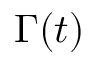
\Gamma ( t )